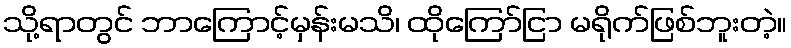
သို့ရာတွင် ဘာကြောင့်မှန်းမသိ၊ ထိုကြော်ငြာ မရိုက်ဖြစ်ဘူးတဲ့။